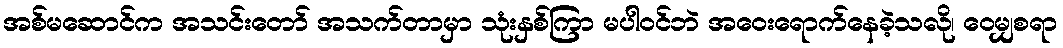
အစ်မဆောင်က အသင်းတော် အသက်တာမှာ သုံးနှစ်ကြာ မပါဝင်ဘဲ အဝေးရောက်နေခဲ့သလို၊ ဝေမျှစရာ